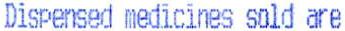
DISPENSED MEDICINES SOLD ARE